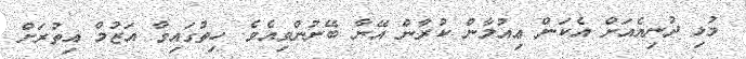
މުޅި ދުނިޔެއަށް އެކަން ޢިއުލާން ކުރާން އޭނާ ބޭނުންވިއެވެ. ހިތުގައިވާ އަޒުމް އިތުރަށް